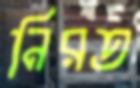
নিরত